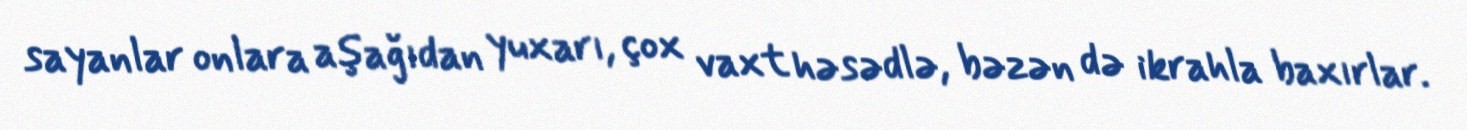
sayanlar onlara aşağıdan yuxarı, çox vaxt həsədlə, bəzən də ikrahla baxırlar.